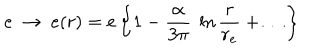
LaTeX: e ~ \to ~ e ( r ) = e \left\{ 1 - { \frac { \alpha } { 3 \pi } } ~ \ln { \frac { r } { r _ { e } } } + \dots \right\}